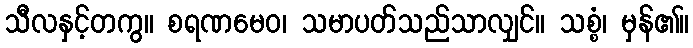
သီလနှင့်တကွ။ စရဏမေဝ၊ သမာပတ်သည်သာလျှင်။ သစ္စံ၊ မှန်၏။